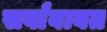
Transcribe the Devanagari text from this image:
सर्वांबाबत